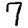
Digit: 7